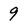
Character: 9